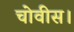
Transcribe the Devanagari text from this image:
चोवीस।